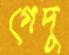
গেদু